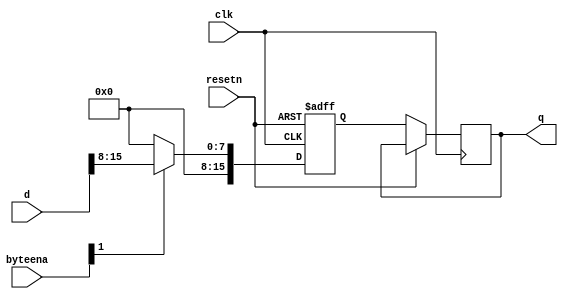
module top_module (
    input clk,
    input resetn,
    input [1:0] byteena,
    input [15:0] d,
    output [15:0] q
);

    reg [15:0] d1, d2;

    always @(posedge clk or posedge resetn) begin
        if (resetn) begin
            d1 <= 32'h0;
            d2 <= 32'h0;
        end else begin
            if (byteena[1]) begin
                d1 <= d[15:8];
            end else begin
                d1 <= 32'h0;
            end

            if (byteena[0]) begin
                d2 <= d[7:0];
            end else begin
                d2 <= 32'h0;
            end

            q <= d1;
        end
    end

endmodule